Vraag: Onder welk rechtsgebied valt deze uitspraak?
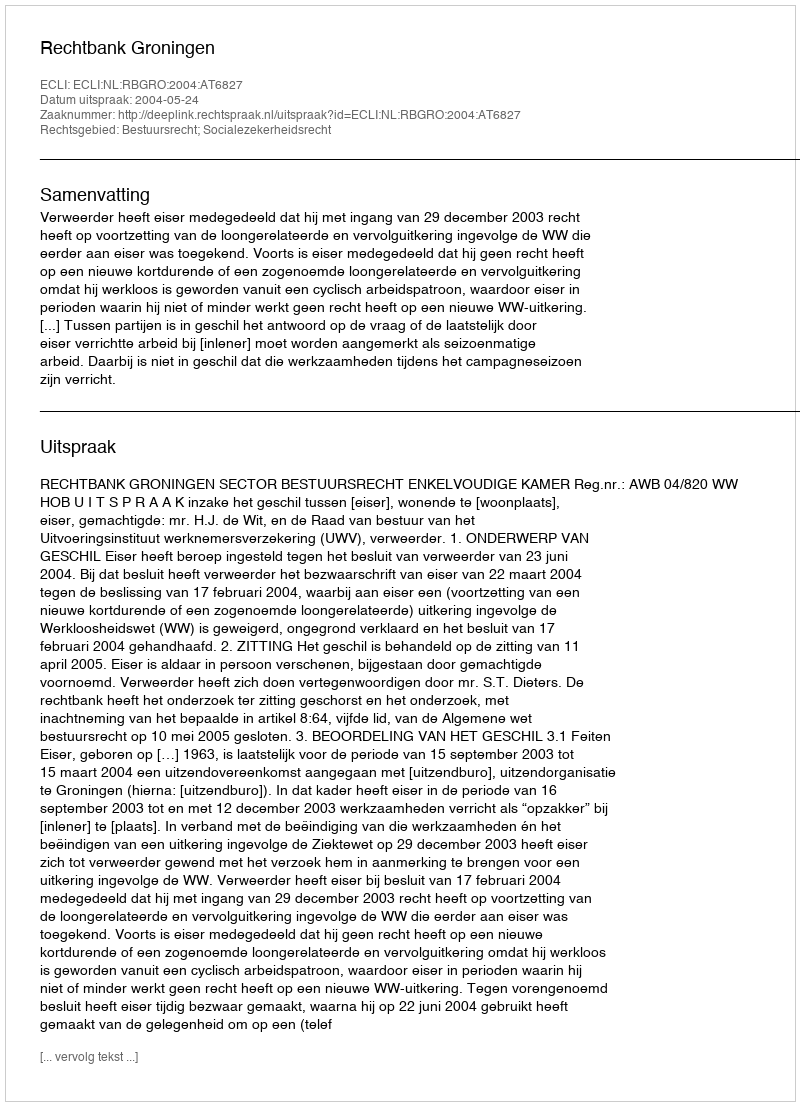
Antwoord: Bestuursrecht; Socialezekerheidsrecht